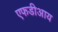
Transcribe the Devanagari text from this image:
एफडीआय